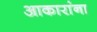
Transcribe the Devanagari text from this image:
आकारांना